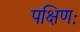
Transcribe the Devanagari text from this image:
पक्षिणः